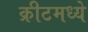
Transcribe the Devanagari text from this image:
क्रीटमध्ये